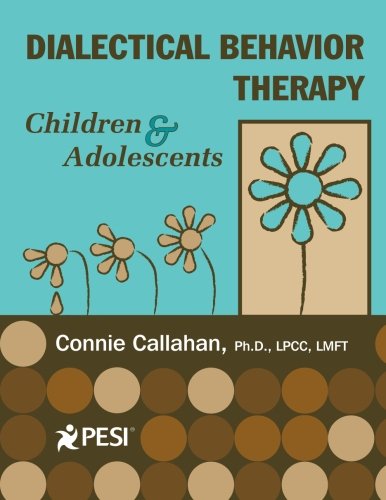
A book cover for Dialectical Behavior Therapy: Children & Adolescents; Connie Callahan; Medical Books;